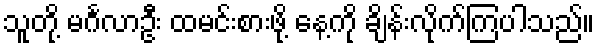
သူတို့ မင်္ဂလာဦး ထမင်းစားဖို့ နေ့ကို ချိန်းလိုက်ကြပါသည်။